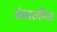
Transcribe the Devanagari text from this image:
कंबलीज